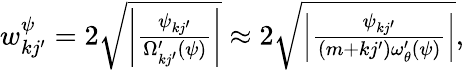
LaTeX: \begin{array}{r}{w_{kj^{\prime}}^{\psi}=2\sqrt{\left|\frac{\psi_{kj^{\prime}}}{\Omega_{kj^{\prime}}^{\prime}(\psi)}\right|}\approx 2\sqrt{\left|\frac{\psi_{kj^{\prime}}}{(m+kj^{\prime})\omega_{\theta}^{\prime}(\psi)}\right|},}\end{array}